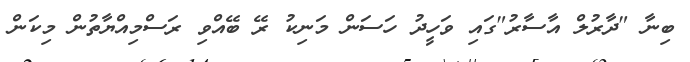
ބިނާ "ދާރުލް އާސާރު"ގައި ވަހީދު ހަސަން މަނިކު ރޭ ބޭއްވި ރަސްމިއްޔާތުން މިކަން